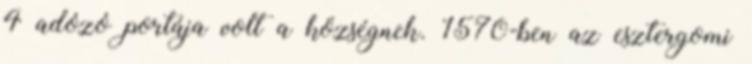
4 adózó portája volt a községnek. 1570-ben az esztergomi